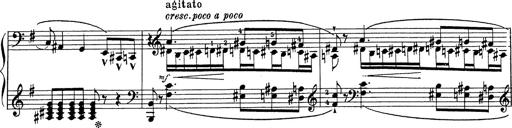
Title: Grosses Konzertsolo
Composer: Franz Liszt